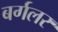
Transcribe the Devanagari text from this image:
बर्गलर